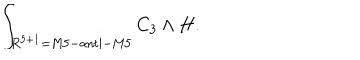
\int _ { R ^ { 5 + 1 } = \mathrm { M 5 - a n t i - M 5 } } C _ { 3 } \wedge H .